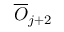
\overline { { O } } _ { j + 2 }